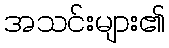
အသင်းများ၏